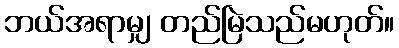
ဘယ်အရာမျှ တည်မြဲသည်မဟုတ်။